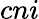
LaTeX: cni